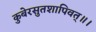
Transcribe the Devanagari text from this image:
कुबेरसुतशापिवत्‌॥।